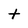
Character: t